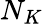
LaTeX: N_{K}